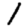
Digit: 1